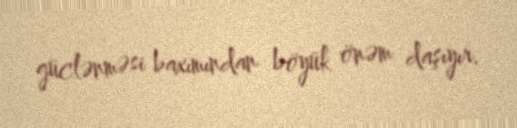
güclənməsi baxımından böyük önəm daşıyır.